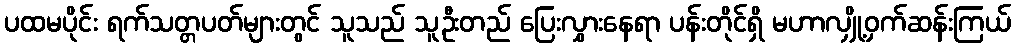
ပထမပိုင်း ရက်သတ္တပတ်များတွင် သူသည် သူဦးတည် ပြေးလွှားနေရာ ပန်းတိုင်ရှိ မဟာလျှို့ဝှက်ဆန်းကြယ်